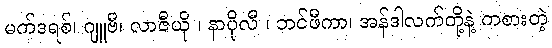
မက်ဒရစ်၊ ဂျူဗီ၊ လာဇီယို ၊ နာပိုလီ ၊ ဘင်ဖီကာ၊ အန်ဒါလက်တို့နဲ့ ကစားတဲ့